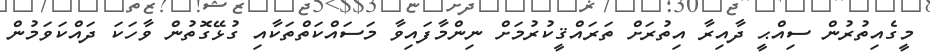
މީގެއިތުރުން ސިއްޙީ ދާއިރާ އިތުރަށް ތަރައްޤީކުރުމަށް ނިންމާފައިވާ މަސައްކަތްތަކާއި ގުޅޭގޮތުން ވާހަކަ ދައްކަވަމުން